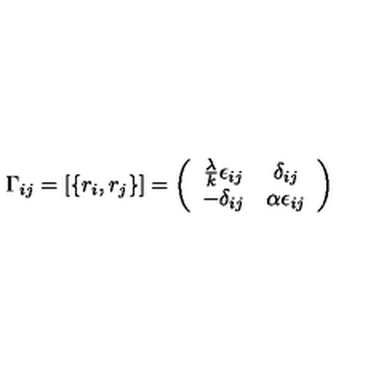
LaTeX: \Gamma _ { i j } = \left[ \{ r _ { i } , r _ { j } \} \right] = \left( \begin{array} { c c } { \frac { \lambda } { k } \epsilon _ { i j } } & { \delta _ { i j } } \\ { - \delta _ { i j } } & { \alpha \epsilon _ { i j } } \\ \end{array} \right)